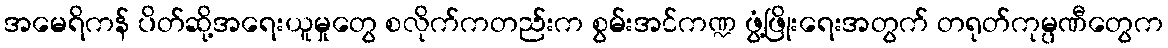
အမေရိကန် ပိတ်ဆို့အရေးယူမှုတွေ စလိုက်ကတည်းက စွမ်းအင်ကဏ္ဍ ဖွံ့ဖြိုးရေးအတွက် တရုတ်ကုမ္ပဏီတွေက